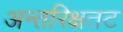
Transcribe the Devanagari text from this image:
अन्तरिक्षतट